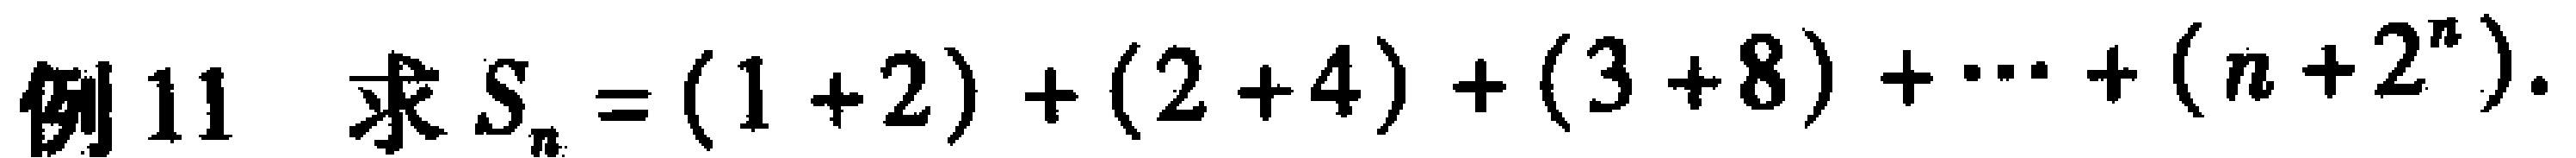
例11 求$S_{n}=(1 + 2)+(2 + 4)+(3 + 8)+\cdots+(n + 2^{n})$。